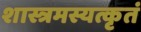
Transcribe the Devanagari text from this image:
शास्त्रमस्यत्कृतं